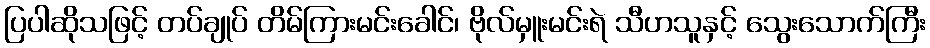
ပြပါဆိုသဖြင့် တပ်ချုပ် တိမ်ကြားမင်းခေါင်၊ ဗိုလ်မှူးမင်းရဲ သီဟသူနှင့် သွေးသောက်ကြီး